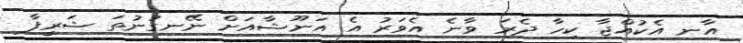
އާނ އެކުއްޖާ ކިހާ ދެރަ ވާނެ އެވަރު އެ އަނޫޝާއަށް ނޭނގުނުތަ ޝަރީފާ